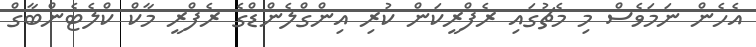
އެހެން ނަމަވެސް މި މެޗުގައި ރެފްރީކަން ކުރި އިންގްލެންޑްގެ ރެފްރީ މާކް ކްލެޓެންބާގް